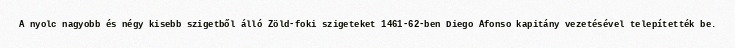
A nyolc nagyobb és négy kisebb szigetből álló Zöld-foki szigeteket 1461-62-ben Diego Afonso kapitány vezetésével telepítették be.